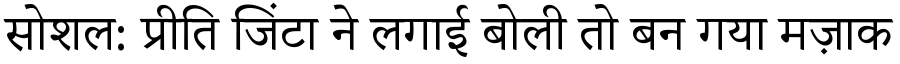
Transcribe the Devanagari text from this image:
सोशल: प्रीति जिंटा ने लगाई बोली तो बन गया मज़ाक